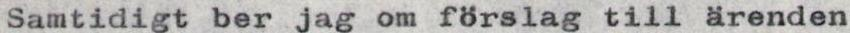
Samtidigt ber jag om förslag till ärenden